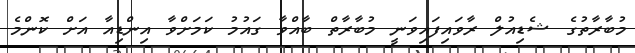
މުބާރާތުގެ ޝެޑިއުލް ރާވައިފައިވަނީ މުބާރާތް ބާއްވާ ގައުމު ކަމަށްވާ އިންޑިއާ އަށް ކޮންމެ